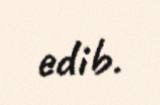
edib.